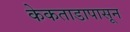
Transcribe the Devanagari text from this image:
केकताडापासून